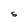
Character: S